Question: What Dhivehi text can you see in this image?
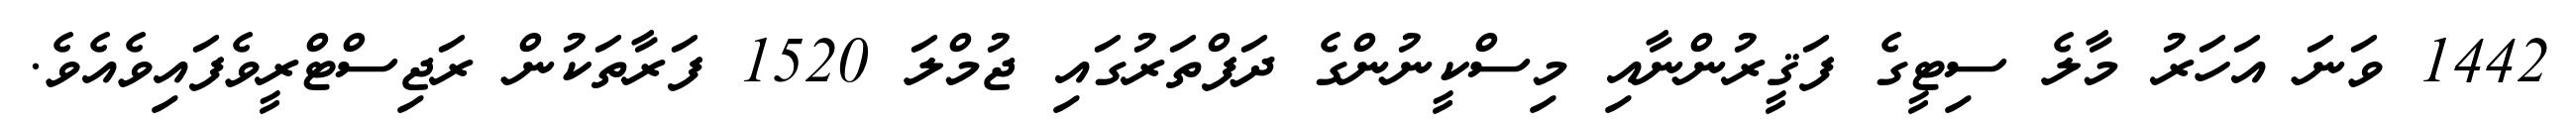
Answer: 1442 ވަނަ އަހަރު މާލެ ސިޓީގެ ފަޤީރުންނާއި މިސްކީނުންގެ ދަފްތަރުގައި ޖުމްލަ 1520 ފަރާތަކުން ރަޖިސްޓްރީވެފައިވެއެވެ.